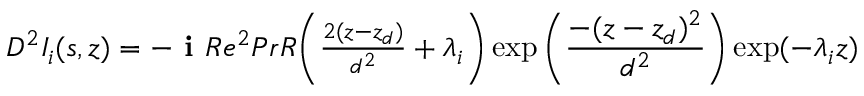
\begin{array} { r } { D ^ { 2 } I _ { i } ( s , z ) = - \textbf { i } R e ^ { 2 } P r R \bigg ( \frac { 2 ( z - z _ { d } ) } { d ^ { 2 } } + \lambda _ { i } \bigg ) \exp \bigg ( \displaystyle \frac { - ( z - z _ { d } ) ^ { 2 } } { d ^ { 2 } } \bigg ) \exp ( - \lambda _ { i } z ) } \end{array}